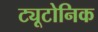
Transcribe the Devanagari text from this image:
ट्यूटोनिक